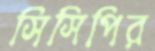
সিসিপির